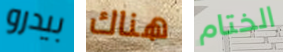
بيدرو هناك الختام